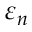
\varepsilon _ { n }